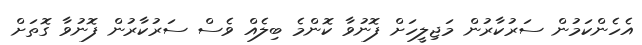
އެހެންކަމުން ސަރުކާރުން މަޖިލީހަށް ފޮނުވާ ކޮންމެ ބިލެއް ވެސް ސަރުކާރުން ފޮނުވާ ގޮތަށް